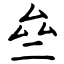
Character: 亝